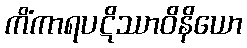
ကိံကာရပဋိဿာဝိနိယော